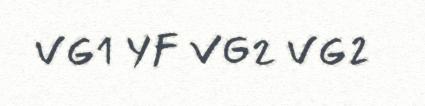
VG1 YF VG2 VG2